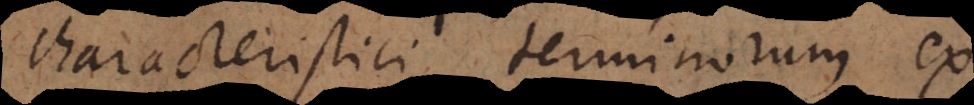
characteristici terminorum ex